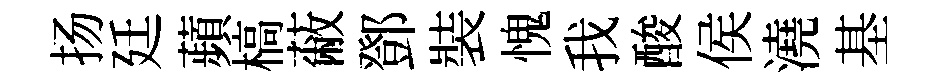
扬廷蘋槁蔽鄧裝愧我酸侯澆基